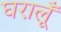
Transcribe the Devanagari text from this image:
घरालूँ